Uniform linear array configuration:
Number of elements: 48
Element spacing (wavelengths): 0.25
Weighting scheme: uniform
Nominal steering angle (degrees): -60
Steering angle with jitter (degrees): -58.246
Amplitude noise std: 0.05
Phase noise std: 0.05

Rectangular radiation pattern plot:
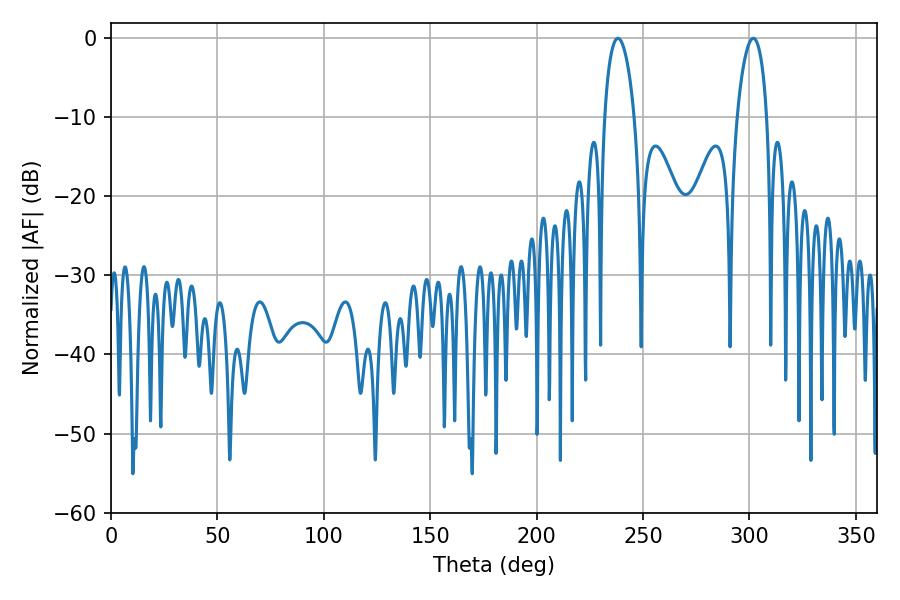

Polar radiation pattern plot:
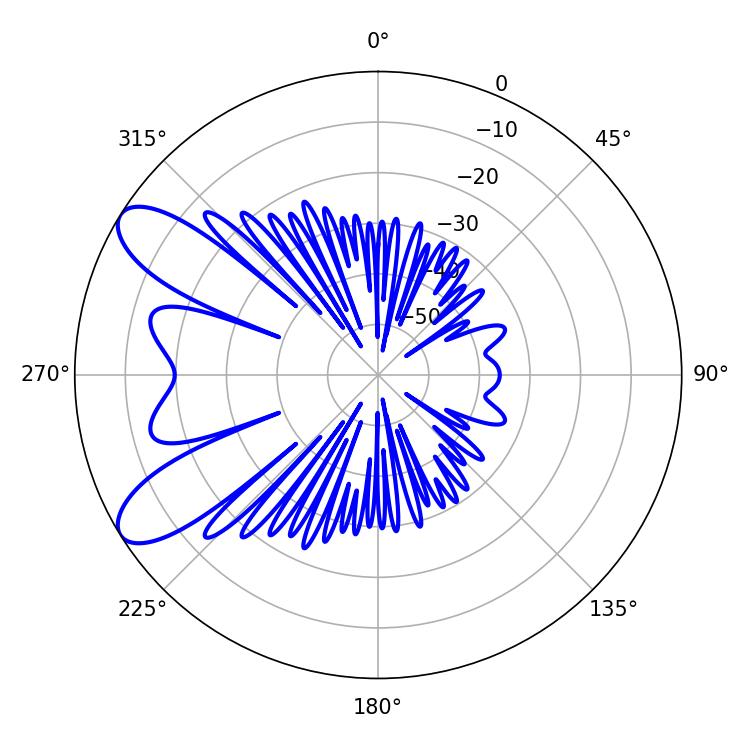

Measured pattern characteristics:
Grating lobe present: FALSE
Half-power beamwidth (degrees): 8.1
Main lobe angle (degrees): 301.86